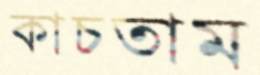
কাচতাম